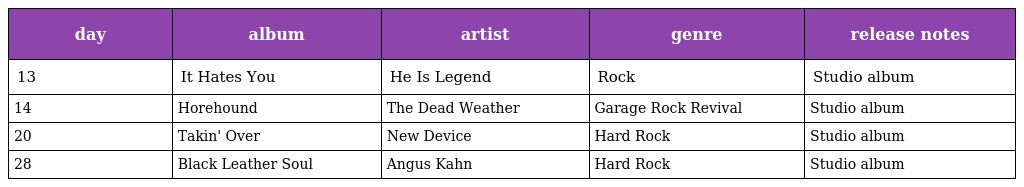
| day | album | artist | genre | release notes |
 | --- | --- | --- | --- | --- |
 | 13 | It Hates You | He Is Legend | Rock | Studio album |
 | 14 | Horehound | The Dead Weather | Garage Rock Revival | Studio album |
 | 20 | Takin' Over | New Device | Hard Rock | Studio album |
 | 28 | Black Leather Soul | Angus Kahn | Hard Rock | Studio album |